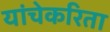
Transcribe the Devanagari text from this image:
यांचेकरिता